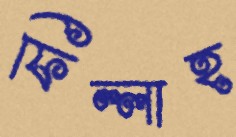
ফিল্লাহ